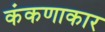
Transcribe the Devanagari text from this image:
कंकणाकार